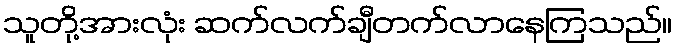
သူတို့အားလုံး ဆက်လက်ချီတက်လာနေကြသည်။